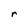
Character: r